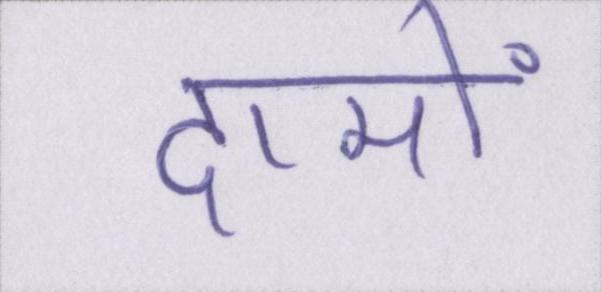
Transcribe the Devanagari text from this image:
दामों